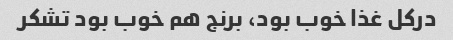
در‌کل غذا خوب بود، برنج هم خوب بود تشکر